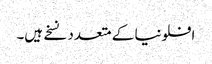
افلونیا کے متعدد نسخے ہیں۔